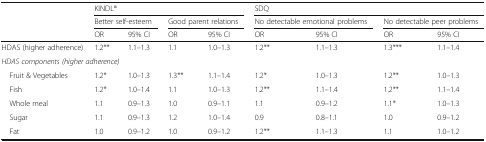
<table><thead><tr><td></td><td colspan="4"><b>KINDL®</b></td><td colspan="4"><b>SDQ</b></td></tr><tr><td></td><td colspan="2"><b>Better self-esteem</b></td><td colspan="2"><b>Good parent relations</b></td><td colspan="2"><b>No detectable emotional problems</b></td><td colspan="2"><b>No detectable peer problems</b></td></tr><tr><td></td><td><b>OR</b></td><td><b>95% CI</b></td><td><b>OR</b></td><td><b>95% CI</b></td><td><b>OR</b></td><td><b>95% CI</b></td><td><b>OR</b></td><td><b>95% CI</b></td></tr></thead><tbody><tr><td>HDAS (higher adherence)</td><td>1.2**</td><td>1.1–1.3</td><td>1.1</td><td>1.0–1.3</td><td>1.2**</td><td>1.1–1.3</td><td>1.3***</td><td>1.1–1.4</td></tr><tr><td colspan="9"><i>HDAS components (higher adherence)</i></td></tr><tr><td> Fruit &amp; Vegetables</td><td>1.2*</td><td>1.0–1.3</td><td>1.3**</td><td>1.1–1.4</td><td>1.2*</td><td>1.0–1.3</td><td>1.2**</td><td>1.0–1.3</td></tr><tr><td> Fish</td><td>1.2*</td><td>1.0–1.4</td><td>1.1</td><td>1.0–1.3</td><td>1.2**</td><td>1.1–1.4</td><td>1.2**</td><td>1.1–1.4</td></tr><tr><td> Whole meal</td><td>1.1</td><td>0.9–1.3</td><td>1.0</td><td>0.9–1.1</td><td>1.1</td><td>0.9–1.2</td><td>1.1*</td><td>1.0–1.3</td></tr><tr><td> Sugar</td><td>1.1</td><td>0.9–1.3</td><td>1.2</td><td>1.0–1.4</td><td>0.9</td><td>0.8–1.1</td><td>1.0</td><td>0.9–1.2</td></tr><tr><td> Fat</td><td>1.0</td><td>0.9–1.2</td><td>1.0</td><td>0.9–1.2</td><td>1.2**</td><td>1.1–1.3</td><td>1.1</td><td>1.0–1.2</td></tr></tbody></table>